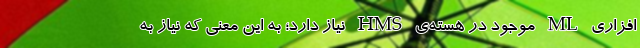
‌افزاری ML موجود در هسته‌ی HMS نیاز دارد؛ به این معنی که نیاز به